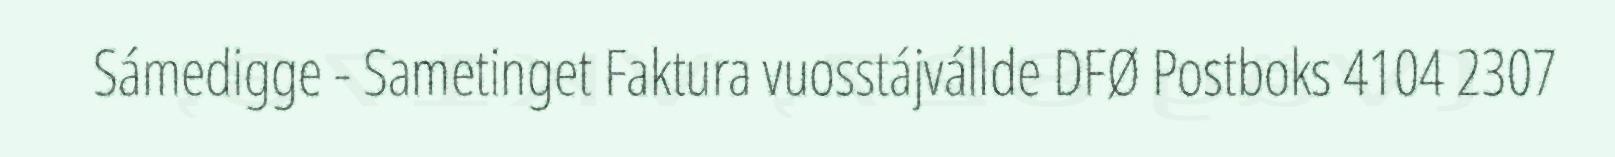
Sámedigge - Sametinget Faktura vuosstájvállde DFØ Postboks 4104 2307